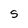
Character: S